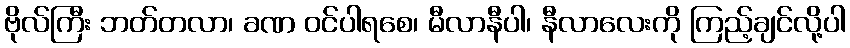
ဗိုလ်ကြီး ဘတ်တလာ၊ ခဏ ဝင်ပါရစေ၊ မီလာနီပါ၊ နီလာလေးကို ကြည့်ချင်လို့ပါ